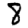
Digit: 8